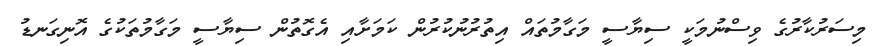
މިސަރުކާރުގެ ވިސްނުމަކީ ސިޔާސީ މަގާމުތައް އިތުރުނުކުރުން ކަމަށާއި އެގޮތުން ސިޔާސީ މަގާމުތަކުގެ އޮނިގަނޑު